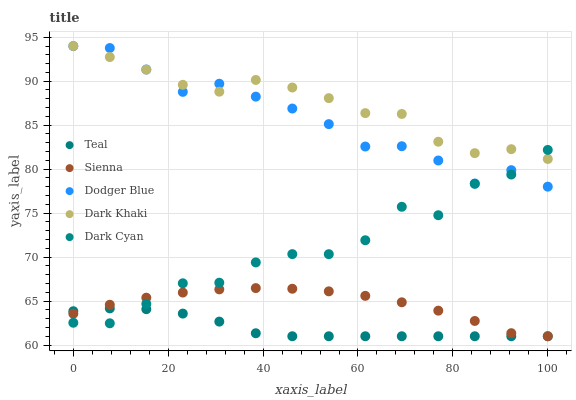
| xaxis_label | Teal | Sienna | Dodger Blue | Dark Khaki | Dark Cyan |
 | --- | --- | --- | --- | --- | --- |
 | 0 | 63.8 | 63.6 | 94 | 94 | 62.5 |
 | 7.69 | 64.2 | 64.6 | 93.8 | 92.7 | 62.5 |
 | 15.4 | 64.1 | 65.4 | 91.3 | 91.3 | 64.7 |
 | 23.1 | 63.6 | 66 | 88.8 | 89.6 | 67 |
 | 30.8 | 62.7 | 66.3 | 89.7 | 88.8 | 67.1 |
 | 38.5 | 61.3 | 66.5 | 88.2 | 90.1 | 69.4 |
 | 46.2 | 61 | 66.4 | 86.9 | 89.3 | 70.3 |
 | 53.8 | 61 | 66.1 | 85.1 | 88.1 | 70.3 |
 | 61.5 | 61 | 65.6 | 82.6 | 86.4 | 71.9 |
 | 69.2 | 61 | 64.9 | 82.6 | 86.3 | 75.7 |
 | 76.9 | 61 | 63.9 | 81 | 83.1 | 74.8 |
 | 84.6 | 61 | 62.7 | 78.4 | 81.8 | 78.3 |
 | 92.3 | 61 | 61.3 | 79.9 | 82.3 | 79.4 |
 | 100 | 61 | 61 | 78 | 81.2 | 82.2 |